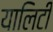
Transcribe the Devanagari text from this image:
यालिटी